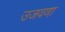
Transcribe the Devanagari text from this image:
उजवणा